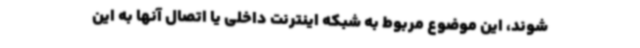
شوند، این موضوع مربوط به شبکه اینترنت داخلی یا اتصال آنها به این